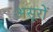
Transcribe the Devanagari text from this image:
असूरों